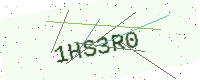
Text: 1HS3R0